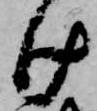
け